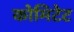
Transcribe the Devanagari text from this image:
कोमिटेट